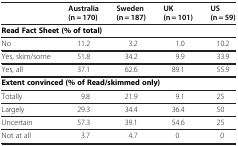
<table><thead><tr><td><b> </b></td><td><b>Australia (n = 170)</b></td><td><b>Sweden (n = 187)</b></td><td><b>UK (n = 101)</b></td><td><b>US (n = 59)</b></td></tr></thead><tbody><tr><td colspan="5"><b>Read Fact Sheet (% of total)</b></td></tr><tr><td>No</td><td>11.2</td><td>3.2</td><td>1.0</td><td>10.2</td></tr><tr><td>Yes, skim/some</td><td>51.8</td><td>34.2</td><td>9.9</td><td>33.9</td></tr><tr><td>Yes, all</td><td>37.1</td><td>62.6</td><td>89.1</td><td>55.9</td></tr><tr><td colspan="5"><b>Extent convinced (% of Read/skimmed only)</b></td></tr><tr><td>Totally</td><td>9.8</td><td>21.9</td><td>9.1</td><td>25</td></tr><tr><td>Largely</td><td>29.3</td><td>34.4</td><td>36.4</td><td>50</td></tr><tr><td>Uncertain</td><td>57.3</td><td>39.1</td><td>54.6</td><td>25</td></tr><tr><td>Not at all</td><td>3.7</td><td>4.7</td><td>0</td><td>0</td></tr></tbody></table>